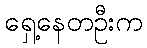
ရှေ့နေတဦးက